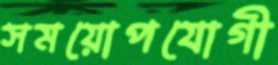
সময়োপযোগী